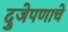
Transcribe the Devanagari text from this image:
दुजेपणाचे